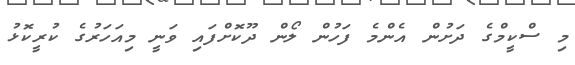
މި ސްކީމްގެ ދަށުން އެންމެ ފަހުން ލޯން ދޫކޮށްފައި ވަނީ މިއަހަރުގެ ކުރީކޮޅު